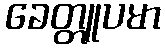
ခေတ္တူပမာ